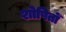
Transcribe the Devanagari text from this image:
शोषितोँ